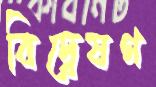
বিদ্বেষণ